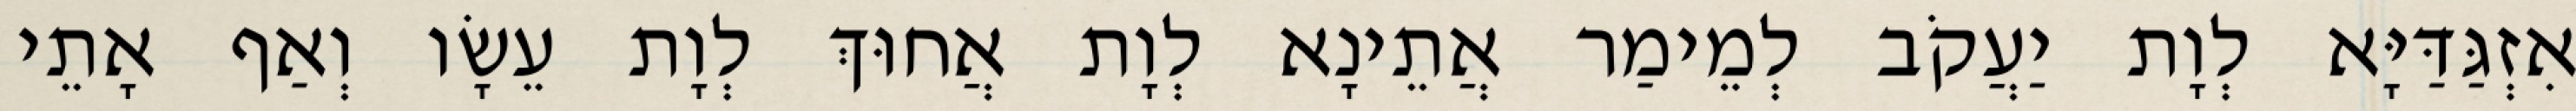
אִזְגַּדַּיָּא לְוָת יַעֲקֹב לְמֵימַר אֲתֵינָא לְוָת אֲחוּךְ לְוָת עֵשָׂו וְאַף אָתֵי